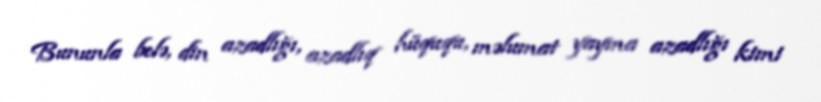
Bununla belə, din azadlığı, azadlıq hüququ, məlumat yayma azadlığı kimi